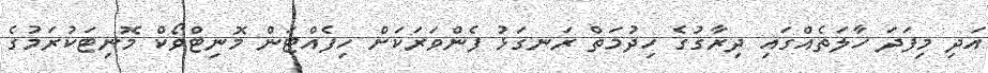
އަދި މިފަދަ ހާލަތެއްގައި ދިރާގުގެ ހިދުމަތް ރަނގަޅު ފެންވަރަކަށް ހިފެއްޓަން މޮނިޓްވޯކް މޮނިޓަކުރަމުގެ